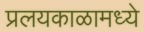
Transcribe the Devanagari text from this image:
प्रलयकाळामध्ये